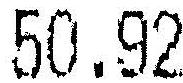
50.92